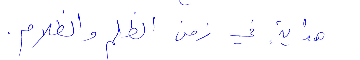
هداية في زمن الظلم والظلام.